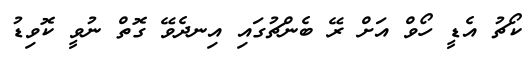
ކޯޗު އެޑީ ހޯވް އަށް ރޭ ބެންޗުގައި އިނދެވޭ ގޮތް ނުވީ ކޮވިޑު